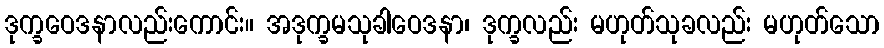
ဒုက္ခဝေဒနာလည်းကောင်း။ အဒုက္ခမသုခါဝေဒနာ၊ ဒုက္ခလည်း မဟုတ်သုခလည်း မဟုတ်သော